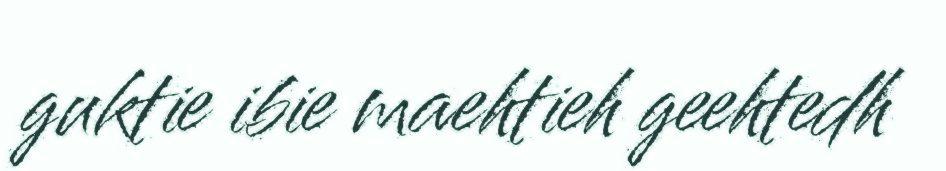
guktie ibie maehtieh geehtedh